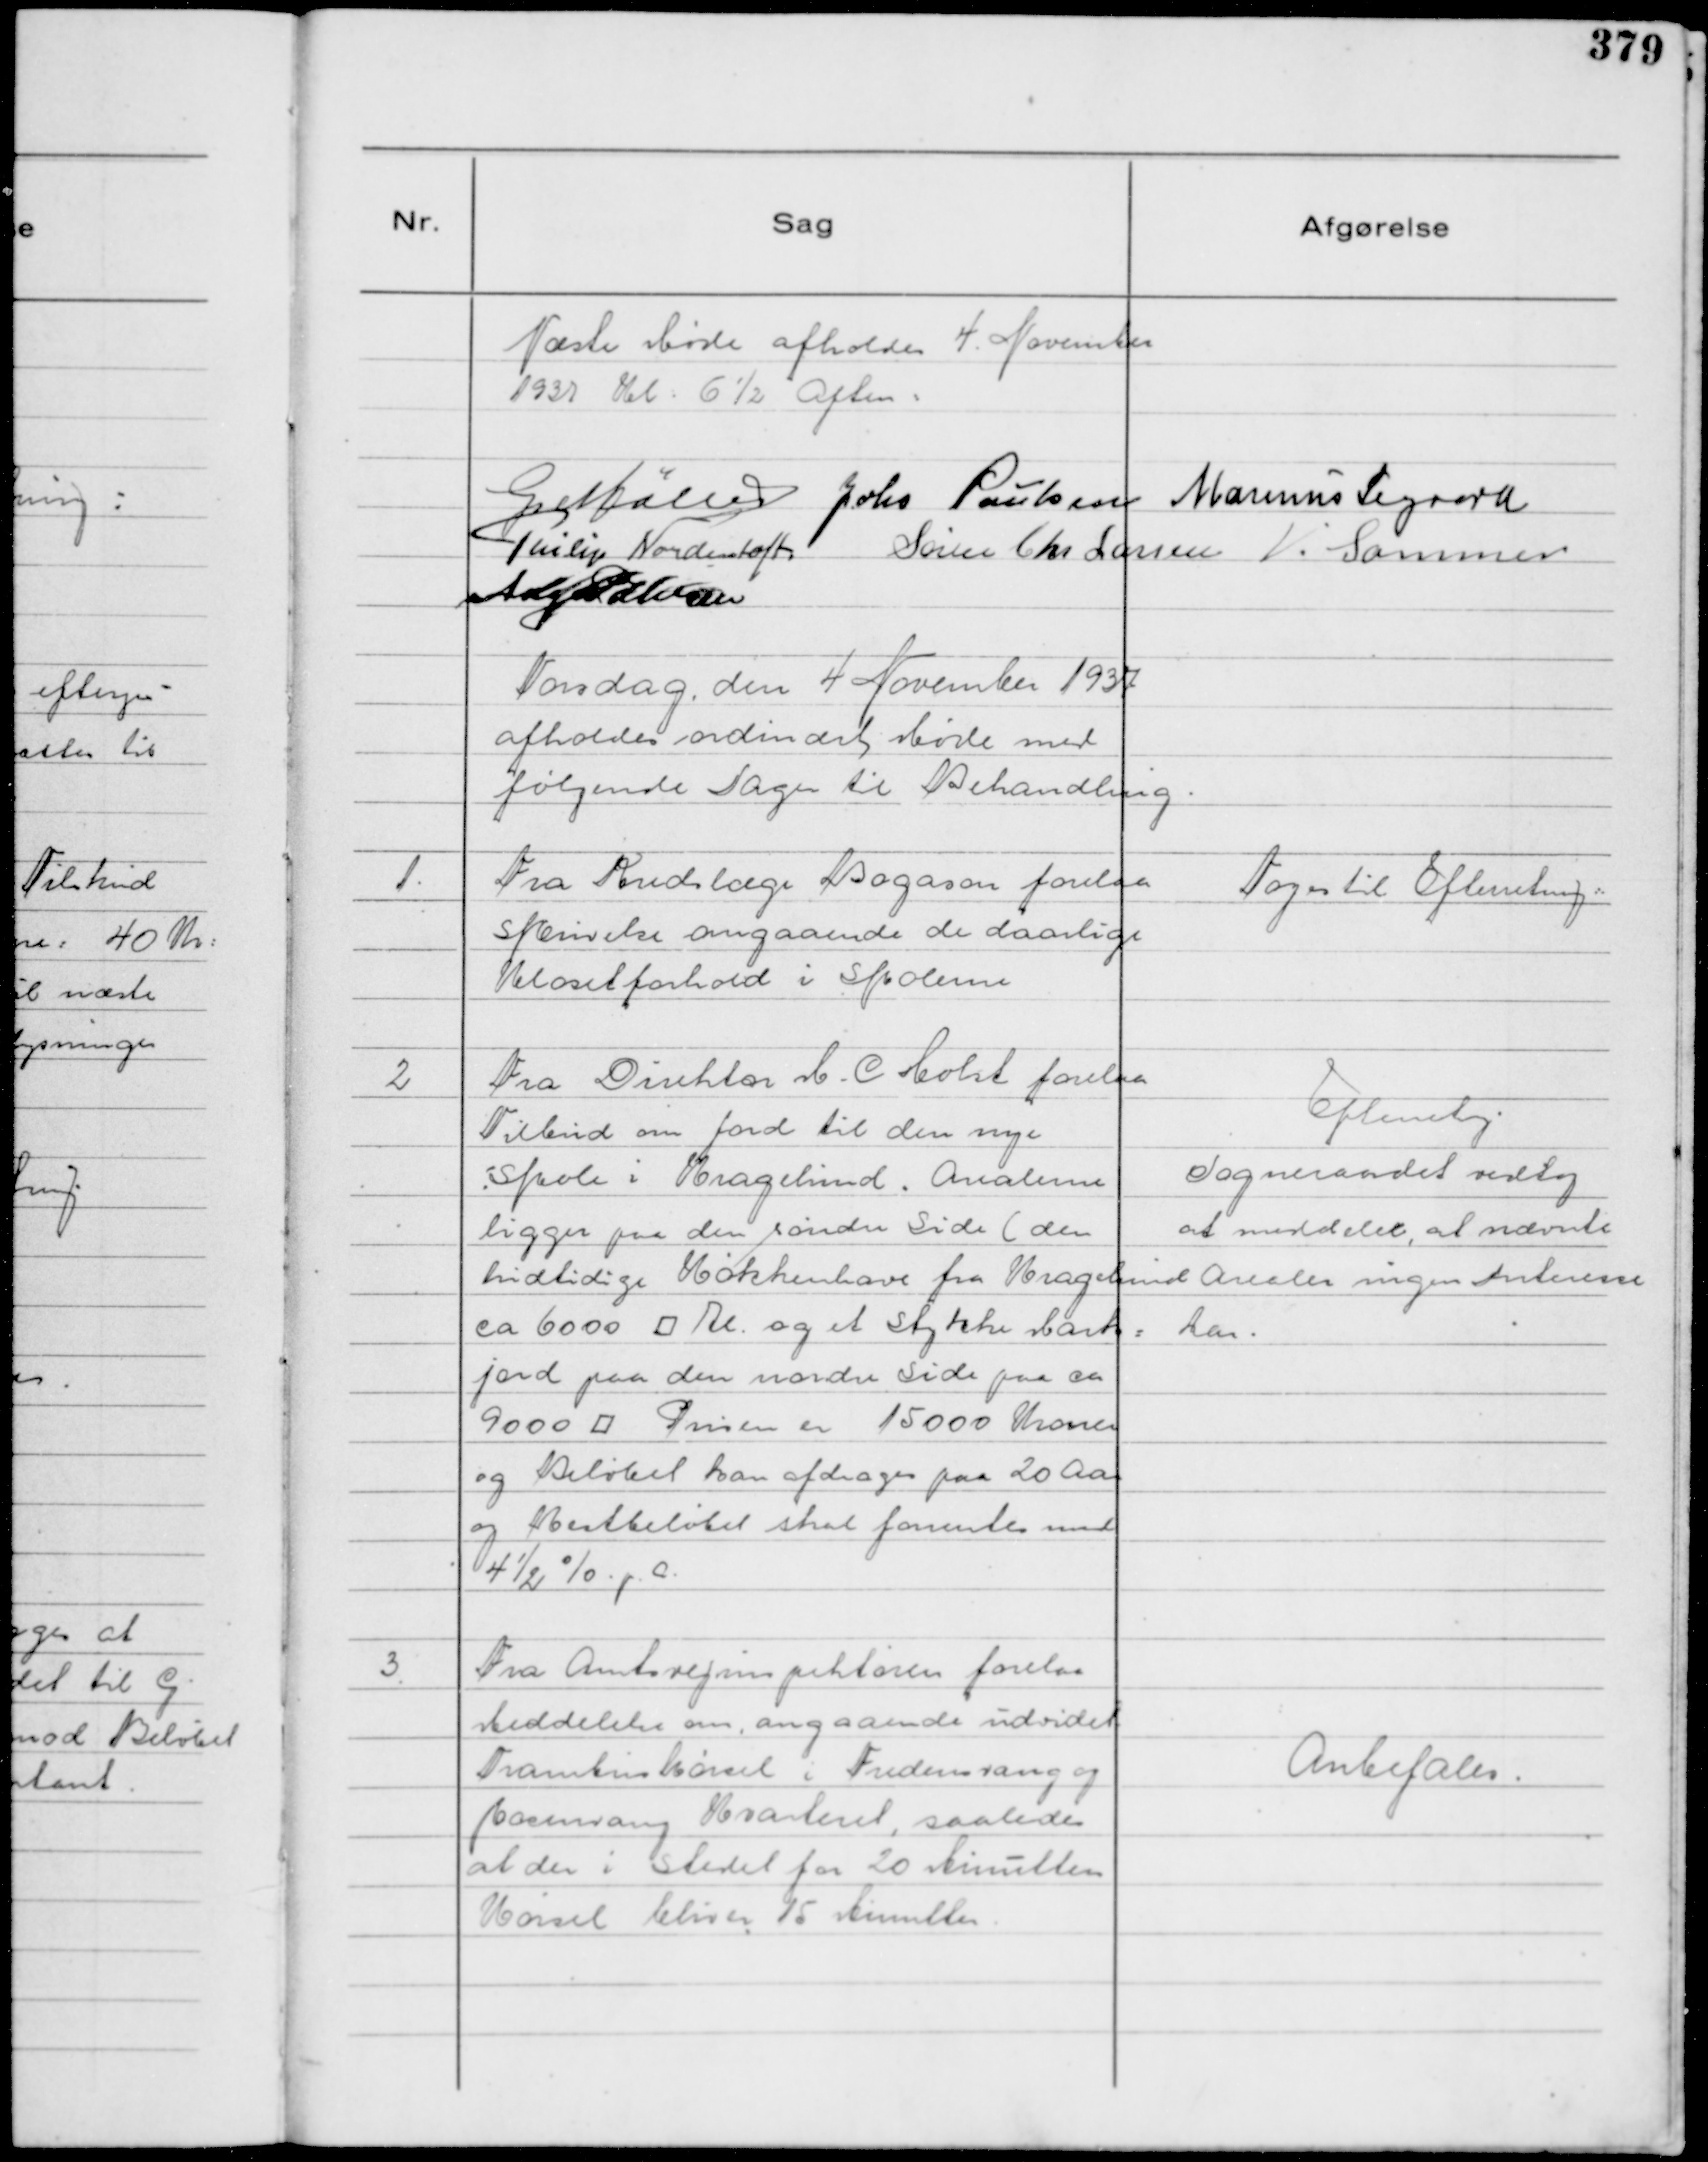
Transskription:
Næste Møde afholdes 4. November
1937 Kl: 6½ Aften:

G Møller
Johs Poulsen
Marinus Sigaard
Philip Nordentoft
Søren Chr Larsen
V. Sommer
Aage Poulsen

Torsdag den 4 November 1937
afholdes ordinært Møde med
følgende Sager til Behandling.

1.
Fra Kredslæge Bogason forelaa
Skrivelse angaaende de daarlige
Klosetforhold i Skolerne

Tages til Efterretning ..

2
Fra Direktør M. C Holst forelaa
Tilbud om Jord til den nye
Skole i Kragelund. Arealerne
ligger paa den søndre Side ( den
hidtidige Køkkenhave fra Kragelund
ca 6000 ⁥ Al. og et Stykke Mark=
jord paa den nordre Side paa ca
9000 ⁥ Prisen er 15000 Kroner
og Beløbet kan afdrages paa 20 Aar
og Restbeløbet skal forrentes med
4½% p. A.

Efterretng.
Sogneraadet vedtog
at meddeler, at nævnte
Arealer ingen Interesse
har.

3.
Fra Amtsvejinspektøren forelaa
Meddelelse om, angaaende udvidet
Trambuskørsel i Fredensvang og
Rosenvang Kvarteret, saaledes
at der i Stedet for 20 Minutters
Kørsel bliver 15 Minutter.

Anbefales.